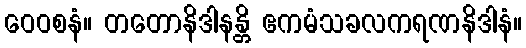
ဝေဝစနံ။ တတောနိဒါနန္တိ ဧကမံသခလကရဏနိဒါနံ။